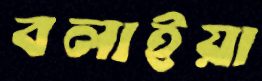
বলাইয়া